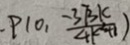
P ( 0 , \frac { - 3 \sqrt { 3 } k } { 4 k ^ { 2 } + 1 } )